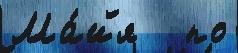
Ма́йя   по